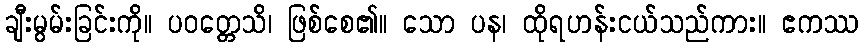
ချီးမွမ်းခြင်းကို။ ပဝတ္တေသိ၊ ဖြစ်စေ၏။ သော ပန၊ ထိုရဟန်းငယ်သည်ကား။ ဧကဿ